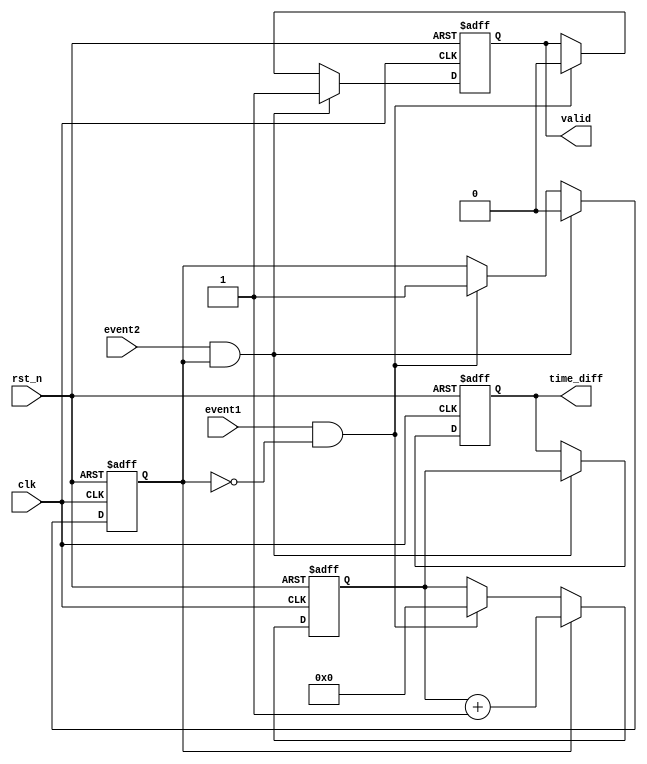
module TDC (
    input wire clk,                // Clock signal
    input wire rst_n,              // Active-low reset
    input wire event1,             // First event input
    input wire event2,             // Second event input
    output reg [31:0] time_diff,   // Time difference output
    output reg valid               // Valid signal indicating time_diff is ready
);

    reg [31:0] counter;            // Counter to count clock cycles
    reg counting;                  // State to indicate if counting is active

    // State machine for counting logic
    always @(posedge clk or negedge rst_n) begin
        if (!rst_n) begin
            counter <= 32'b0;      // Reset counter
            counting <= 1'b0;      // Reset counting state
            time_diff <= 32'b0;    // Reset time difference
            valid <= 1'b0;         // Reset valid signal
        end else begin
            if (event1 && !counting) begin
                counting <= 1'b1;   // Start counting on first event
                counter <= 32'b0;   // Reset counter
                valid <= 1'b0;      // Reset valid signal
            end
            
            if (counting) begin
                counter <= counter + 1; // Increment counter
            end
            
            if (event2 && counting) begin
                counting <= 1'b0;   // Stop counting on second event
                time_diff <= counter; // Store the count value
                valid <= 1'b1;      // Set valid signal
            end
        end
    end

endmodule